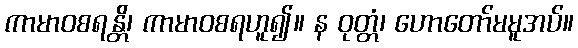
ကာမာဝစရန္တိ၊ ကာမာဝစရဟူ၍။ န ဝုတ္တံ၊ ဟောတော်မမူအပ်။